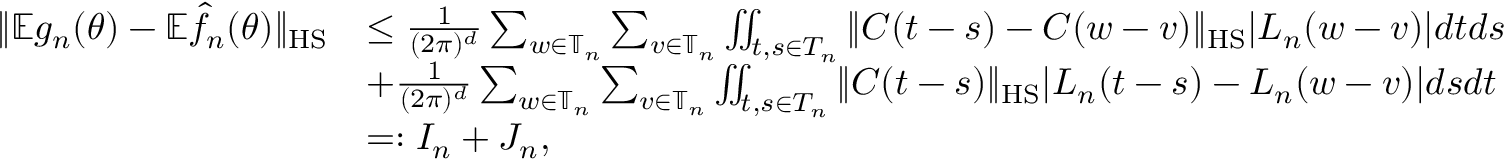
\begin{array} { r l } { \| \mathbb E g _ { n } ( \theta ) - \mathbb E \hat { f } _ { n } ( \theta ) \| _ { \mathrm { H S } } } & { \le \frac { 1 } { ( 2 \pi ) ^ { d } } \sum _ { w \in \mathbb { T } _ { n } } \sum _ { v \in \mathbb { T } _ { n } } \iint _ { t , s \in T _ { n } } \| C ( t - s ) - C ( w - v ) \| _ { \mathrm { H S } } | L _ { n } ( w - v ) | d t d s } \\ & { + \frac { 1 } { ( 2 \pi ) ^ { d } } \sum _ { w \in \mathbb { T } _ { n } } \sum _ { v \in \mathbb { T } _ { n } } \iint _ { t , s \in T _ { n } } \| C ( t - s ) \| _ { \mathrm { H S } } | L _ { n } ( t - s ) - L _ { n } ( w - v ) | d s d t } \\ & { = : I _ { n } + J _ { n } , } \end{array}